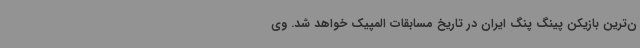
ن‌ترین بازیکن پینگ پنگ ایران در تاریخ مسابقات المپیک خواهد شد. وی